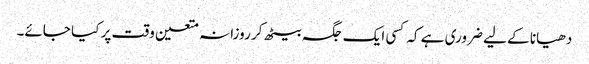
دھیانا کے لیے ضروری ہے کہ کسی ایک جگہ بیٹھ کر روزانہ متعین وقت پر کیا جائے۔